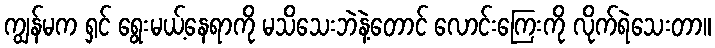
ကျွန်မက ရှင် ရွေးမယ့်နေရာကို မသိသေးဘဲနဲ့တောင် လောင်းကြေးကို လိုက်ရဲသေးတာ။